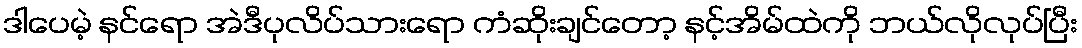
ဒါပေမဲ့ နင်ရော အဲဒီပုလိပ်သားရော ကံဆိုးချင်တော့ နင့်အိမ်ထဲကို ဘယ်လိုလုပ်ပြီး